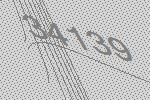
34139